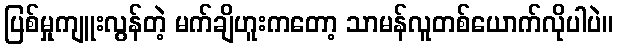
ပြစ်မှုကျူးလွန်တဲ့ မက်ချိဟူးကတော့ သာမန်လူတစ်ယောက်လိုပါပဲ။